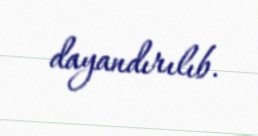
dayandırılıb.